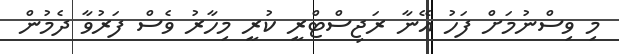
މި ވިސްނުމަށް ފަހު އޭނާ ރަޖިސްޓްރީ ކުރީ މިހާރު ވެސް ފަރުވާ ދެމުން